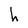
Character: h